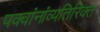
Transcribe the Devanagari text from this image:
पक्वांनांव्यतिरिक्त